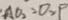
A O _ { 2 } = 0 _ { 2 } P